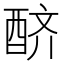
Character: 𨠨